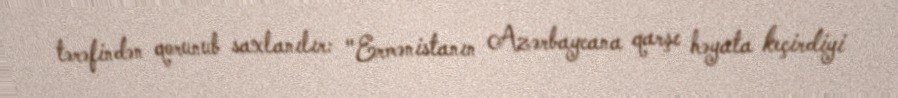
tərəfindən qorunub saxlanılır: "Ermənistanın Azərbaycana qarşı həyata keçirdiyi